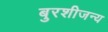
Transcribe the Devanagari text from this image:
बुरशीजन्य